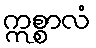
ဣစ္စာလံ